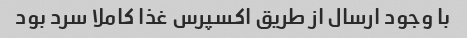
با وجود ارسال از طریق اکسپرس غذا کاملا سرد بود